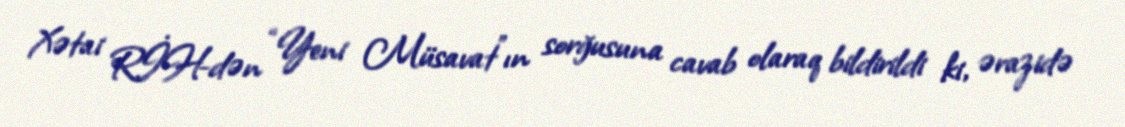
Xətai RİH-dən “Yeni Müsavat”ın sorğusuna cavab olaraq bildirildi ki, ərazidə